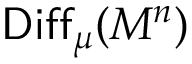
\mathsf { D i f f } _ { \mu } ( M ^ { n } )